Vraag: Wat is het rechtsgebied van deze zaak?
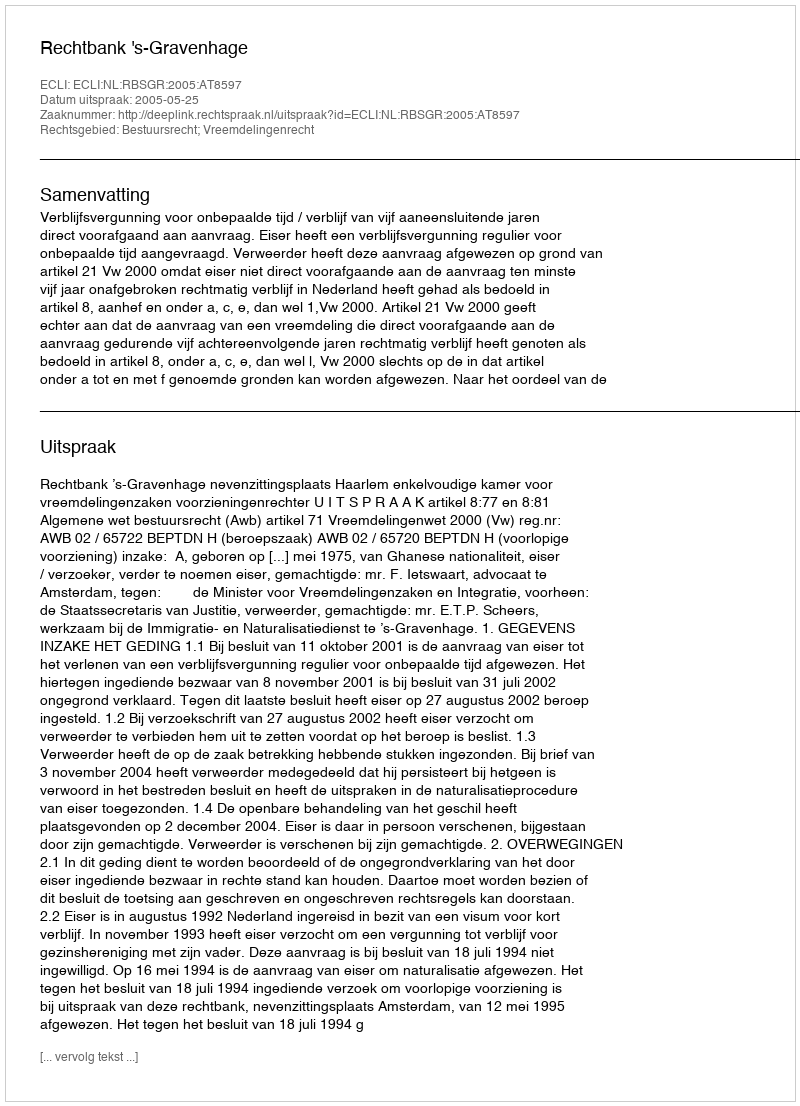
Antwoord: Bestuursrecht; Vreemdelingenrecht